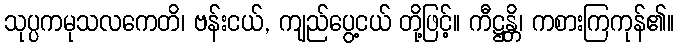
သုပ္ပကမုသလကေတိ၊ ဗန်းငယ်, ကျည်ပွေ့ငယ် တို့ဖြင့်။ ကီဋ္ဌန္တိ၊ ကစားကြကုန်၏။